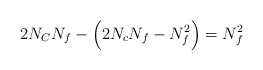
\begin{align*}2N_C N_f-\Big(2 N_c N_f - N_f^2\Big)=N_f^2\end{align*}